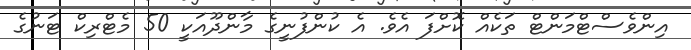
އިންވެސްޓްމަންޓް ތަކެއް ކޮށްފަ އެވެ. އެ ކުންފުނީގެ މާންދޫއަކީ 50 މެޓްރިކް ޓަނުގެ